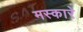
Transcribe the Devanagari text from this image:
मस्कारे